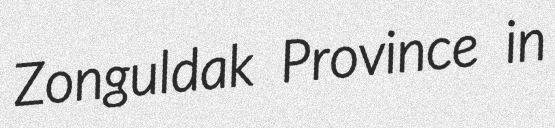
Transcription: Zonguldak Province in